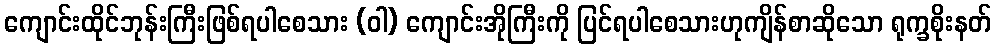
ကျောင်းထိုင်ဘုန်းကြီးဖြစ်ရပါစေသား (ဝါ) ကျောင်းအိုကြီးကို ပြင်ရပါစေသားဟုကျိန်စာဆိုသော ရုက္ခစိုးနတ်